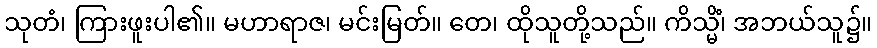
သုတံ၊ ကြားဖူးပါ၏။ မဟာရာဇ၊ မင်းမြတ်။ တေ၊ ထိုသူတို့သည်။ ကိသ္မိံ၊ အဘယ်သူ၌။